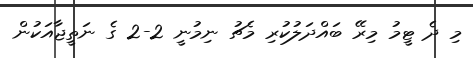
މި ދެ ޓީމު މިރޭ ބައްދަލުކުރި މެޗު ނިމުނީ 2-2 ގެ ނަތީޖާއަކުން